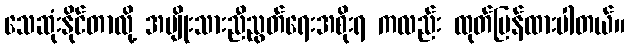
သေဆုံးနိုင်တာလို့ အမျိုးသားညီညွတ်ရေးအစိုးရ ကလည်း ထုတ်ပြန်ထားပါတယ်။